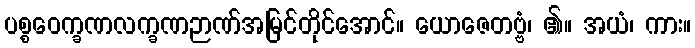
ပစ္စဝေက္ခဏလက္ခဏဉာဏ်အမြင်တိုင်အောင်။ ယောဇေတဗ္ဗံ၊ ၏။ အယံ၊ ကား။